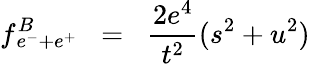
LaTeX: f^{B}\! \! \! \! _{e^{-}+e^{+}}\; \; =\; \; \frac{2e^{4}}{t^{2}}(s^{2}+u^{2})